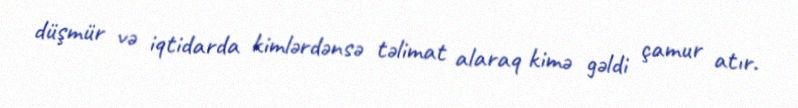
düşmür və iqtidarda kimlərdənsə təlimat alaraq kimə gəldi çamur atır.